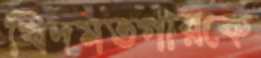
খিদমতগারকে